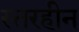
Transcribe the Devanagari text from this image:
स्तरहीन